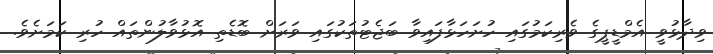
ވިދާޅުވީ އެމްޑީޕީގެ ވެރިކަމުގައި ހުށަހަޅާފައިވާ ބަޖެޓުތަކުގައި ވަރަށް ބޮޑެތި އޮޅުވާލުންތައް ހުރި ކަމަށެވެ.